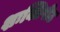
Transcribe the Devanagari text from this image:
शःक्तिपीठ